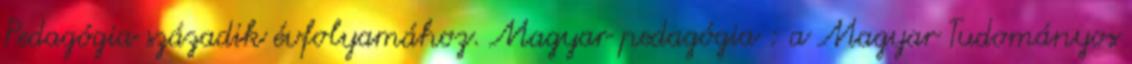
Pedagógia századik évfolyamához. Magyar pedagógia : a Magyar Tudományos